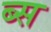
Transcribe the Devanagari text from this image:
ब्स